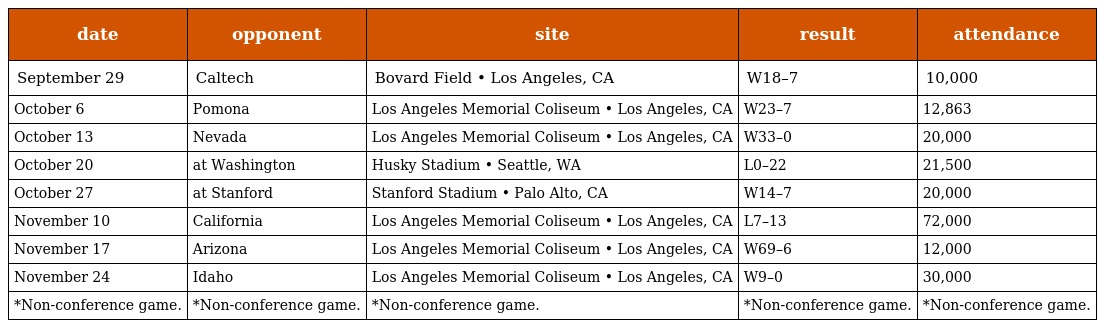
| date | opponent | site | result | attendance |
 | --- | --- | --- | --- | --- |
 | September 29 | Caltech | Bovard Field • Los Angeles, CA | W18–7 | 10,000 |
 | October 6 | Pomona | Los Angeles Memorial Coliseum • Los Angeles, CA | W23–7 | 12,863 |
 | October 13 | Nevada | Los Angeles Memorial Coliseum • Los Angeles, CA | W33–0 | 20,000 |
 | October 20 | at Washington | Husky Stadium • Seattle, WA | L0–22 | 21,500 |
 | October 27 | at Stanford | Stanford Stadium • Palo Alto, CA | W14–7 | 20,000 |
 | November 10 | California | Los Angeles Memorial Coliseum • Los Angeles, CA | L7–13 | 72,000 |
 | November 17 | Arizona | Los Angeles Memorial Coliseum • Los Angeles, CA | W69–6 | 12,000 |
 | November 24 | Idaho | Los Angeles Memorial Coliseum • Los Angeles, CA | W9–0 | 30,000 |
 | *Non-conference game. | *Non-conference game. | *Non-conference game. | *Non-conference game. | *Non-conference game. |